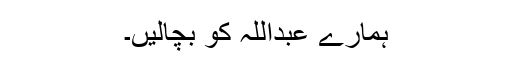
ہمارے عبداللہ کو بچالیں۔